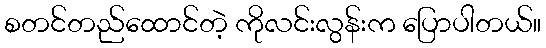
စတင်တည်ထောင်တဲ့ ကိုလင်းလွန်းက ပြောပါတယ်။